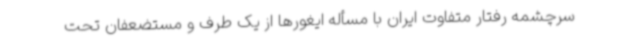
سرچشمه رفتار متفاوت ایران با مسأله ایغورها از یک طرف و مستضعفان تحت